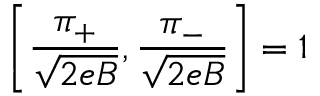
\left[ \frac { \pi _ { + } } { \sqrt { 2 e B } } , \frac { \pi _ { - } } { \sqrt { 2 e B } } \right] = 1